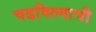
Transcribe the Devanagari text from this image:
चढविल्याची